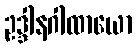
ဥဒ္ဒါနဂါထာယော